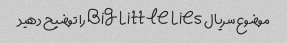
موضوع سریال Big Little Lies را توضیح دهید